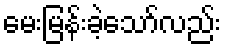
မေးမြန်းခဲ့သော်လည်း